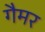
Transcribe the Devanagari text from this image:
गैमर